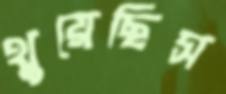
থুয়েছিস